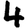
Digit: 4